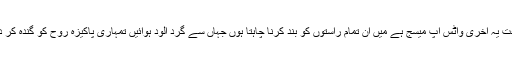
رفعت یہ آخری واٹس اپ میسج ہے میں ان تمام راستوں کو بند کرنا چاہتا ہوں جہاں سے گرد آلود ہوائیں تمہاری پاکیزہ روح کو گندہ کر دے۔